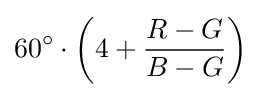
60^{\circ }\cdot \left(4+{\frac {R-G}{B-G}}\right)